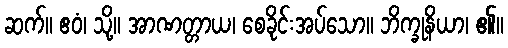
ဆက်။ ဧဝံ၊ သို့။ အာဏတ္တာယ၊ စေခိုင်းအပ်သော။ ဘိက္ခုနိယာ၊ ၏။